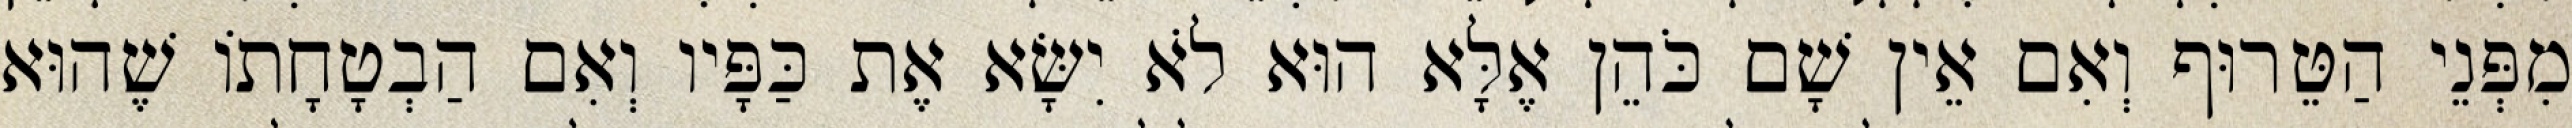
מִפְּנֵי הַטֵּרוּף וְאִם אֵין שָׁם כֹּהֵן אֶלָּא הוּא לֹא יִשָּׂא אֶת כַּפָּיו וְאִם הַבְטָחָתוֹ שֶׁהוּא